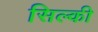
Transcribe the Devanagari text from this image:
सिल्की